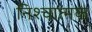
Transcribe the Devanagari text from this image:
निश्चात्मक